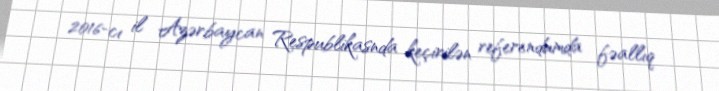
2016-cı il Azərbaycan Respublikasnda keçirilən referendumda fəallıq